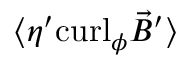
\langle \eta ^ { \prime } \mathrm { c u r l } _ { \phi } { \vec { B } } ^ { \prime } \rangle